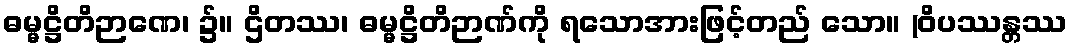
ဓမ္မဋ္ဌိတိဉာဏေ၊ ၌။ ဌိတဿ၊ ဓမ္မဋ္ဌိတိဉာဏ်ကို ရသောအားဖြင့်တည် သော။ (ဝိပဿန္တဿ